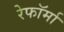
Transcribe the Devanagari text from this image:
रेफॉर्मा